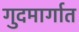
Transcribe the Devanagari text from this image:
गुदमार्गात